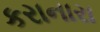
કરાનારા